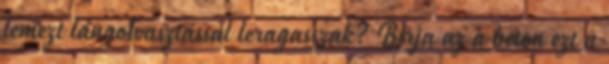
lemezt lángolvasztással leragasszak? Bírja az a beton ezt a